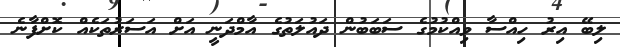
ލިބޭ އިރު ހިއްސާ ވިއްކުމުގެ ސަބަބުން ދައުލަތުގެ އާމްދަނީ އަށް އަސަރުތަކެއް ކޮށްފާނެ